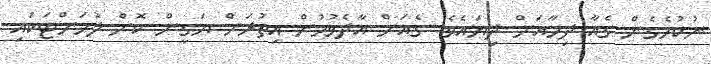
ނުކުމެގެން ގެއާ ދިމާއަށް ދިޔައެވެ. ގެއަށް އާދެވުމުން އިތުރަށް ޔަގީން ކޮށް ލުމަށްޓަކައި